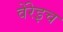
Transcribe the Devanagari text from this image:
वेंरेइच